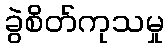
ခွဲစိတ်ကုသမှု